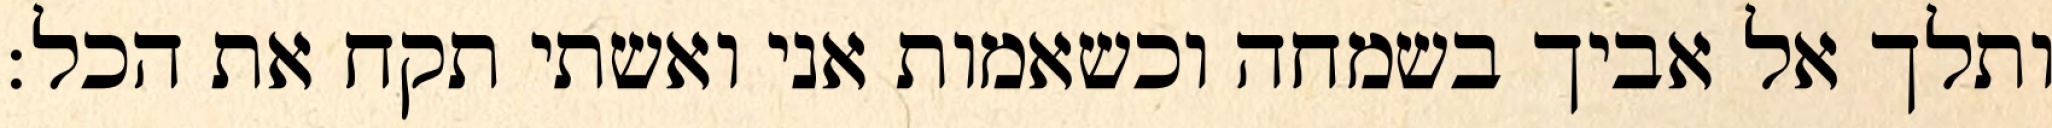
ותלך אל אביך בשמחה וכשאמות אני ואשתי תקח את הכל: